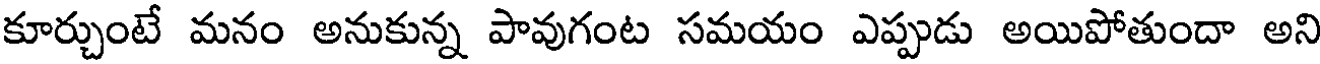
కూర్చుంటే మనం అనుకున్న పావుగంట సమయం ఎప్పుడు అయిపోతుందా అని